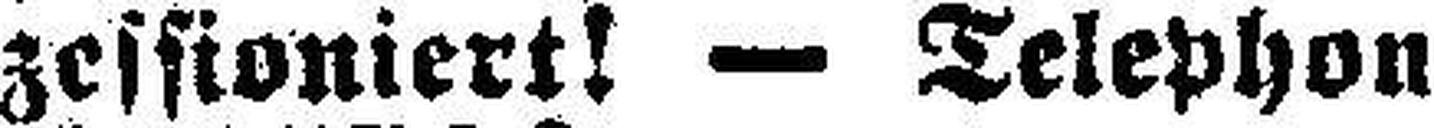
zessioniert! — Telephon